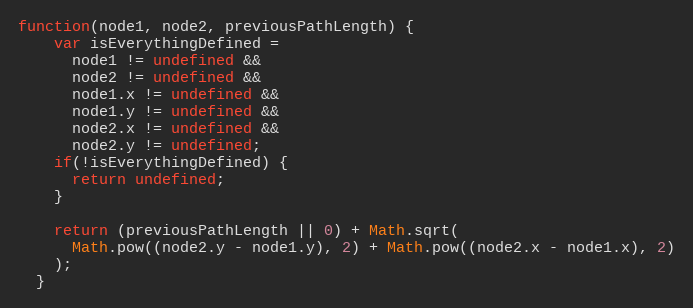
Language: JavaScript
function(node1, node2, previousPathLength) {
    var isEverythingDefined =
      node1 != undefined &&
      node2 != undefined &&
      node1.x != undefined &&
      node1.y != undefined &&
      node2.x != undefined &&
      node2.y != undefined;
    if(!isEverythingDefined) {
      return undefined;
    }

    return (previousPathLength || 0) + Math.sqrt(
      Math.pow((node2.y - node1.y), 2) + Math.pow((node2.x - node1.x), 2)
    );
  }